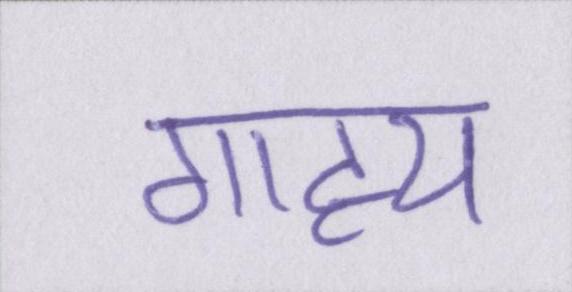
गाह्य